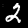
Label: 2